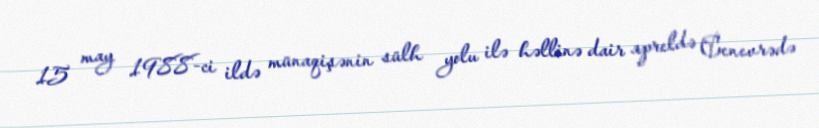
15 may 1988-ci ildə münaqişənin sülh yolu ilə həllinə dair apreldə Cenevrədə